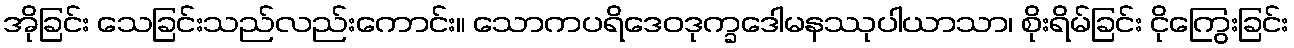
အိုခြင်း သေခြင်းသည်လည်းကောင်း။ သောကပရိဒေဝဒုက္ခဒေါမနဿုပါယာသာ၊ စိုးရိမ်ခြင်း ငိုကြွေးခြင်း